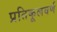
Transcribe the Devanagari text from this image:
प्रतिकूलवर्ण